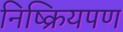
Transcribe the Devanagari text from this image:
निष्क्रियपण